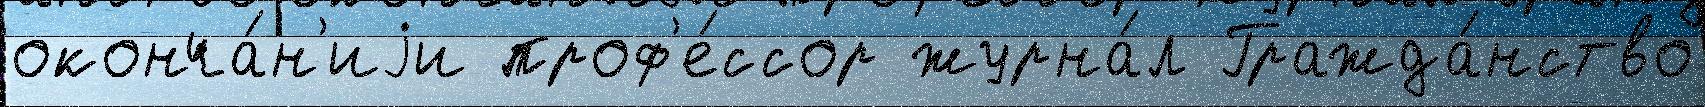
оконча́н'иjи проф'е́ссор журна́л Гражда́нство